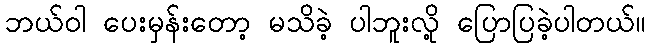
ဘယ်ဝါ ပေးမှန်းတော့ မသိခဲ့ ပါဘူးလို့ ပြောပြခဲ့ပါတယ်။